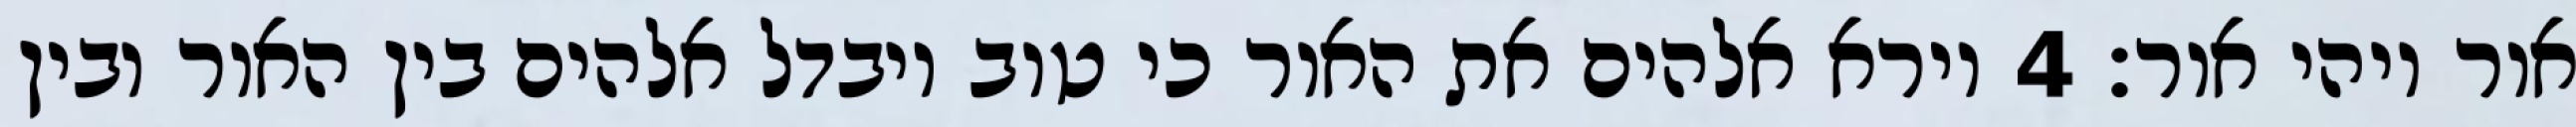
אור ויהי אור׃ ‎4‏ וירא אלהים את האור כי טוב ויבדל אלהים בין האור ובין